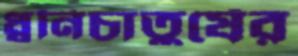
ধ্বনিচাতুর্যের